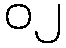
၀၂